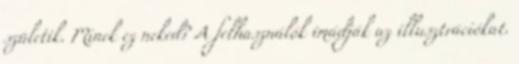
születik. Minek ez neked? A felhasználók imádják az illusztrációkat.